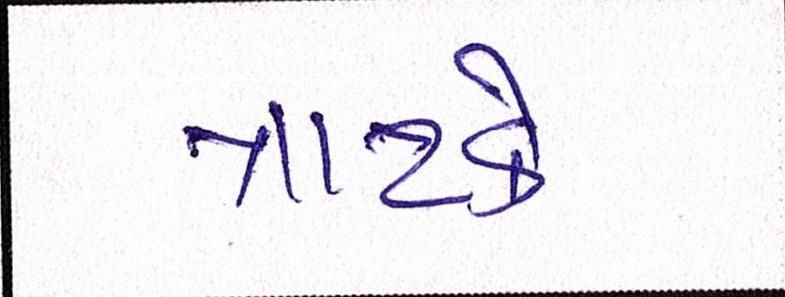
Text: ત્રાટકે